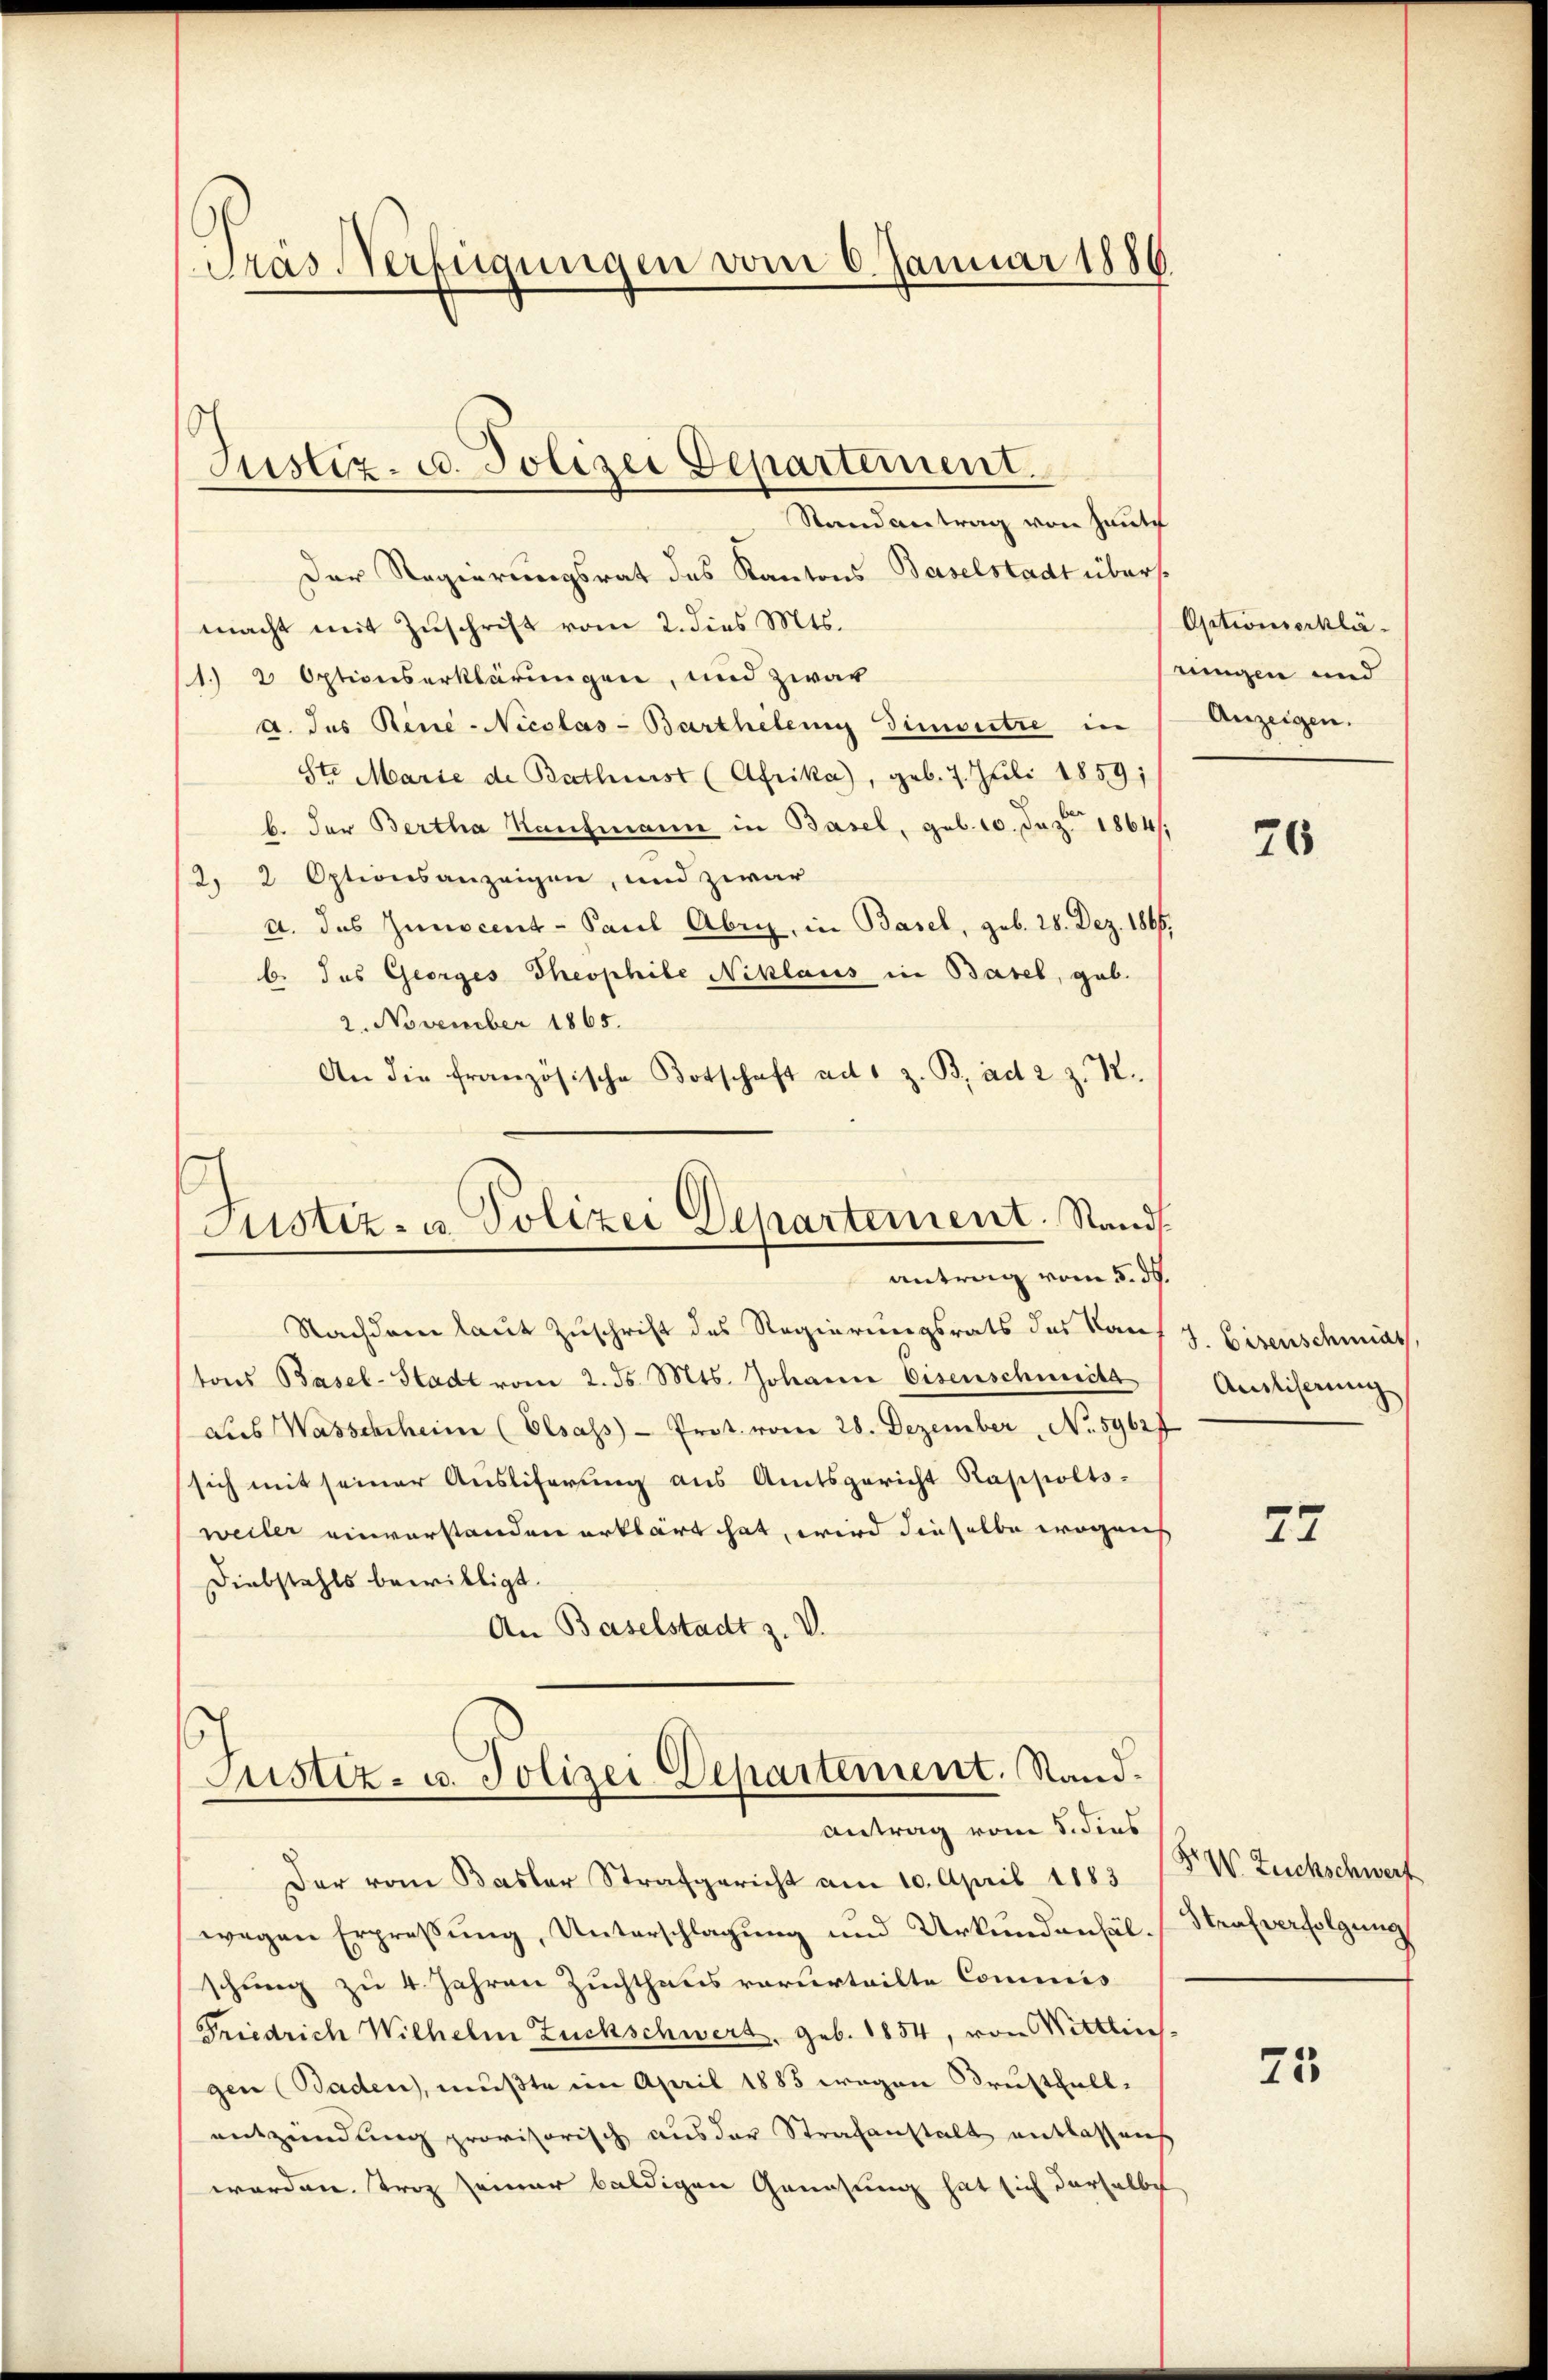
Präs Verfügungen vom 6. Januar 1886

Justiz- u. Polizei Departement.

Justiz- u. Polizei Departement. Stand
antrag vom 5. ds.

Randantrag von Haute
Der Regierungsrat des Kantons Baselstadt übers
macht mit Zuschrift vom 2. dies Mts.
1.) 2 Optionserklärungen, und zwar
A. das Reue-Nicolas-Barthelen Zinsetze in
Ste Marie de Bathmist (Afrika, geb. 7. Juli 1859;
b. der Bertha Kaufmann in Basel, geb. 10. Juz 1864,
2, 2 Optionsanzeigen, und zwar
a. das Zunocent - Paul Abri, in Basel, sub. 28. Dez. 1866.
b. das Georges Theophile Niklaus in Basel, gab.
2. November 1865.
An die französische Botschaft ad 1 z. B. ad 2 Z. 12.
Nachdem laut Zuschrift des Regierungsrats das Kan
tons Basel-Stadt vom 2. ds. Mts. Johann Eisenschweils
Aus Wasscheheim (Elsass - Prot. vom 28. Dezember No. 59627
sich mit seiner Ausliferung aus Amtsgericht Rappoltsweiler einverstanden erklärt hat, wird dieselbe wogen
Diebstahls bewilligt.
An Baselstadt z. V.
s
Justiz- u. Polizei Departement. Stand.
Antrag vom 5. dies
Der vom Basler Strafgericht am 10. April 1883
wegen Erpreβŭng, Unterschlagung und Urkundanhäl-Strafverfolgung
schung zu 4 Jahren Zuchthaus vorurteilte Commis
Friedrich Wilhelm Zuchschwert, geb. 1854, von Wittlin
gen (Baden, mußte im April 1883 wegen Brustfallentzündung provisorisch aus der Strafanstalt entlassenh
worden. Trog seiner baldigen Genesung hat sich derselbe

Optionserklätungen und
Anzeigen.

26

J. Eisenschmal
Ausliserung

27

F. W. Tuchschwerf

75